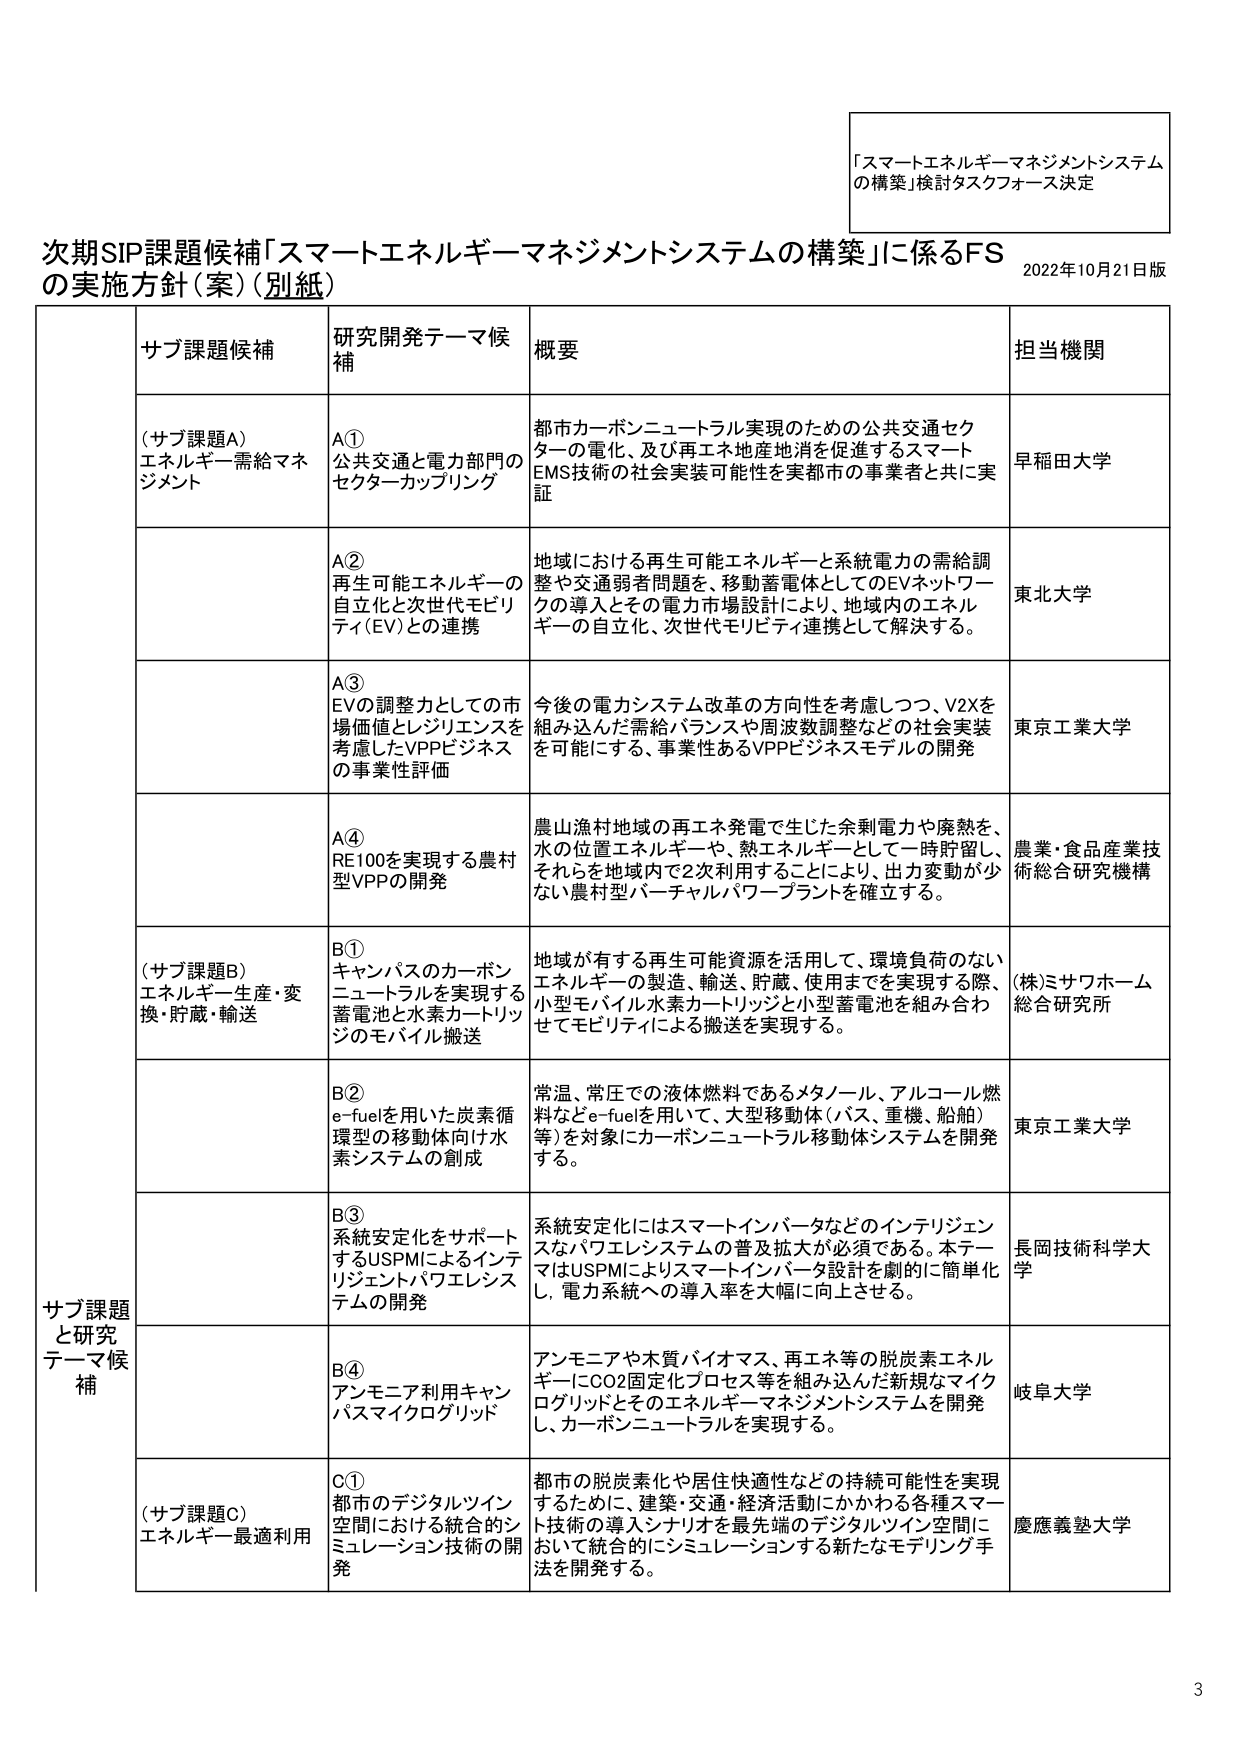
「スマートエネルギーマネジメントシステム
の構築」検討タスクフォース決定

次期SIP課題候補「スマートエネルギーマネジメントシステムの構築」に係るFS
の実施方針（案）（別紙）
2022年10月21日版

サブ課題
と研究
テーマ候
補
サブ課題候補
研究開発テーマ候補
概要
担当機関

（サブ課題A）
エネルギー需給マネジメント
A①
公共交通と電力部門の
セクターカップリング
都市カーボンニュートラル実現のための公共交通セクターの電化、及び再エネ地産地消を促進するスマートEMS技術の社会実装可能性を実都市の事業者と共に実証
早稲田大学

A②
再生可能エネルギーの
自立化と次世代モビリティ（EV）との連携
地域における再生可能エネルギーと系統電力の需給調整や交通弱者問題を、移動蓄電体としてのEVネットワークの導入とその電力市場設計により、地域内のエネルギーの自立化、次世代モビリティ連携として解決する。
東北大学

A③
EVの調整力としての市場価値とレジリエンスを考慮したVPPビジネスの事業性評価
今後の電力システム改革の方向性を考慮しつつ、V2Xを組み込んだ需給バランスや周波数調整などの社会実装を可能にする、事業性あるVPPビジネスモデルの開発
東京工業大学

A④
RE100を実現する農村型VPPの開発
農山漁村地域の再エネ発電で生じた余剰電力や廃熱を、水の位置エネルギー、熱エネルギーとして一時貯留し、それを地域内で2次利用することにより、出力変動が少ない農村型バーチャルパワープラントを確立する。
農業・食品産業技術総合研究機構

（サブ課題B）
エネルギー生産・変換・貯蔵・輸送
B①
キャンパスのカーボンニュートラルを実現する蓄電池と水素カートリッジのモバイル搬送
地域が有する再生可能資源を活用して、環境負荷のないエネルギーの製造、輸送、貯蔵、使用までを実現する際、小型モバイル水素カートリッジと小型蓄電池を組み合わせてモビリティによる搬送を実現する。
(株)ミサワホーム 総合研究所

B②
e-fuelを用いた炭素循環型の移動体向け水素システムの創成
常温、常圧での液体燃料であるメタノール、アルコール燃料などe-fuelを用いて、大型移動体（バス、重機、船舶）等を対象にカーボンニュートラル移動体システムを開発する。
東京工業大学

B③
系統安定化をサポートするUSPMによるインテリジェントパワエレシステムの開発
系統安定化にはスマートインバータなどのインテリジェンスなパワエレシステムの普及拡大が必須である。本テーマはUSPMによりスマートインバータ設計を劇的に簡素化し、電力系統への導入率を大幅に向上させる。
長岡技術科学大学

B④
アンモニア利用キャンパスマイクログリッド
アンモニアや木質バイオマス、再エネ等の脱炭素エネルギーにCO2固定化プロセス等を組み込んだ新規なマイクログリッドとそのエネルギーマネジメントシステムを開発し、カーボンニュートラルを実現する。
岐阜大学

（サブ課題C）
エネルギー最適利用
C①
都市のデジタルツイン空間における統合的シミュレーション技術の開発
都市の脱炭素化や居住快適性などの持続可能性を実現するために、建築・交通・経済活動にかかわる各種スマート技術の導入シナリオを最先端のデジタルツイン空間において統合的にシミュレーションする新たなモデリング手法を開発する。
慶應義塾大学

3